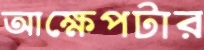
আক্ষেপটার